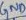
Text: GND